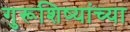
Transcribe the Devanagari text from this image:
गुरूशिष्यांच्या